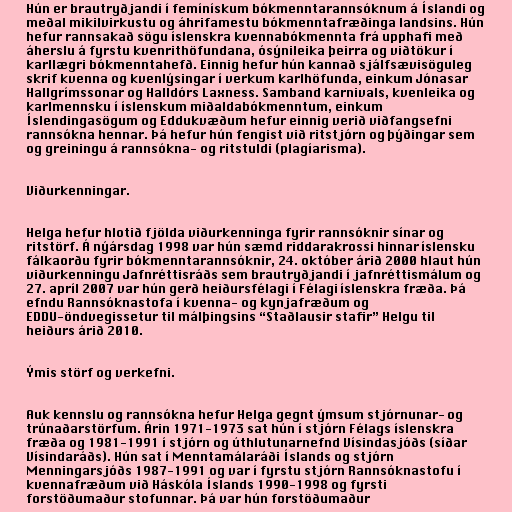
Hún er brautryðjandi í femínískum bókmenntarannsóknum á Íslandi og
meðal mikilvirkustu og áhrifamestu bókmenntafræðinga landsins. Hún
hefur rannsakað sögu íslenskra kvennabókmennta frá upphafi með
áherslu á fyrstu kvenrithöfundana, ósýnileika þeirra og viðtökur í
karllægri bókmenntahefð. Einnig hefur hún kannað sjálfsævisöguleg
skrif kvenna og kvenlýsingar í verkum karlhöfunda, einkum Jónasar
Hallgrímssonar og Halldórs Laxness. Samband karnivals, kvenleika og
karlmennsku í íslenskum miðaldabókmenntum, einkum
Íslendingasögum og Eddukvæðum hefur einnig verið viðfangsefni
rannsókna hennar. Þá hefur hún fengist við ritstjórn og þýðingar sem
og greiningu á rannsókna- og ritstuldi (plagíarisma).

Viðurkenningar.

Helga hefur hlotið fjölda viðurkenninga fyrir rannsóknir sínar og
ritstörf. Á nýársdag 1998 var hún sæmd riddarakrossi hinnar íslensku
fálkaorðu fyrir bókmenntarannsóknir, 24. október árið 2000 hlaut hún
viðurkenningu Jafnréttisráðs sem brautryðjandi í jafnréttismálum og
27. apríl 2007 var hún gerð heiðursfélagi í Félagi íslenskra fræða. Þá
efndu Rannsóknastofa í kvenna- og kynjafræðum og
EDDU-öndvegissetur til málþingsins “Staðlausir stafir” Helgu til
heiðurs árið 2010.

Ýmis störf og verkefni.

Auk kennslu og rannsókna hefur Helga gegnt ýmsum stjórnunar- og
trúnaðarstörfum. Árin 1971-1973 sat hún í stjórn Félags íslenskra
fræða og 1981-1991 í stjórn og úthlutunarnefnd Vísindasjóðs (síðar
Vísindaráðs). Hún sat í Menntamálaráði Íslands og stjórn
Menningarsjóðs 1987-1991 og var í fyrstu stjórn Rannsóknastofu í
kvennafræðum við Háskóla Íslands 1990-1998 og fyrsti
forstöðumaður stofunnar. Þá var hún forstöðumaður